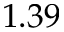
1 . 3 9